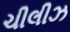
ચીલીઝ